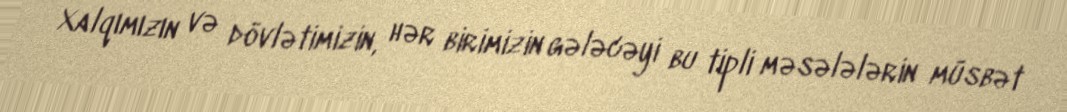
Xalqımızın və dövlətimizin, hər birimizin gələcəyi bu tipli məsələlərin müsbət